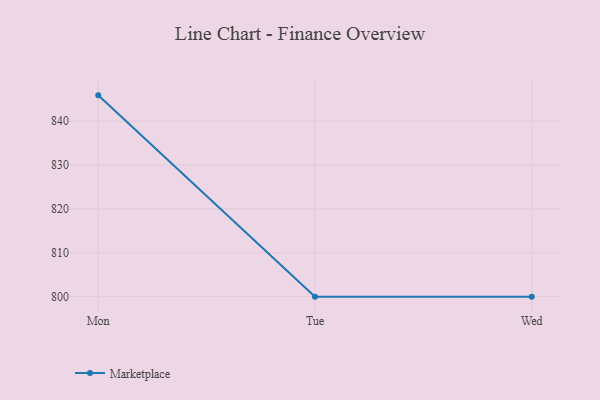
{"axis": {"x": "Day", "y": "Energy Usage (MWh)"}, "legend": ["Marketplace"], "data": [{"x": "Mon", "y": 845.9, "type": "Marketplace"}, {"x": "Tue", "y": 800, "type": "Marketplace"}, {"x": "Wed", "y": 800, "type": "Marketplace"}]}